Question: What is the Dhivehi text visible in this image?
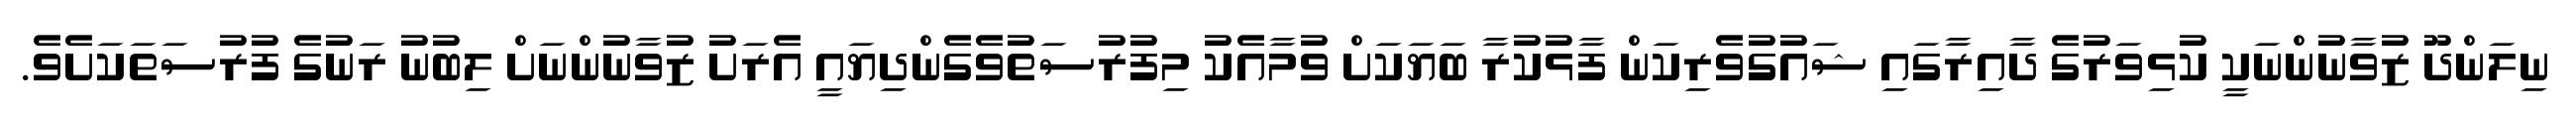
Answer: ނިލަންދޫ ޒުވާނުންނަކީ ކުޅިވަރުގެ ދާއިރާގައި ޝައުގުވެރިކަން ފާޅުކުރާ ބަޔަކަށް ވުމާއެކު މިފުރުސަތުވެގެންދިޔައީ އެރަށު ޒުވާނުންނަށް ލިބުނު ރަނުގެ ފުރުސަތަކަށެވެ.